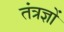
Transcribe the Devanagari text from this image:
तंत्रज्ञों